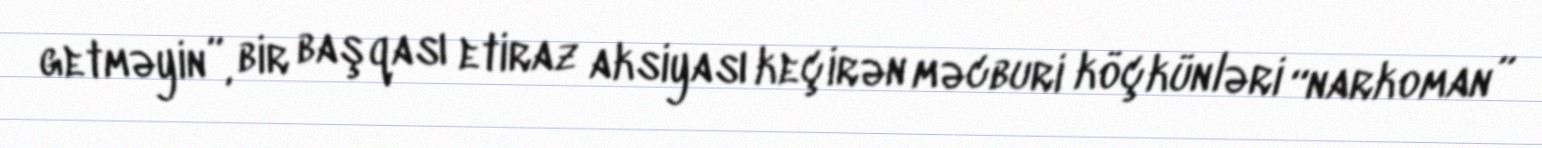
getməyin”, bir başqası etiraz aksiyası keçirən məcburi köçkünləri “narkoman”